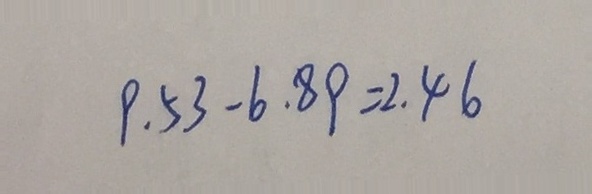
9 . 5 3 - 6 . 8 9 = 2 . 4 6